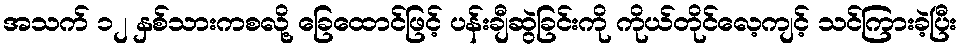
အသက် ၁၂ နှစ်သားကစလို့ ခြေထောင်ဖြင့် ပန်းချီဆွဲခြင်းကို ကိုယ်တိုင်လေ့ကျင့် သင်ကြားခဲ့ပြီး